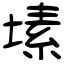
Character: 塐